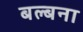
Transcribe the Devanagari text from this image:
बल्बना